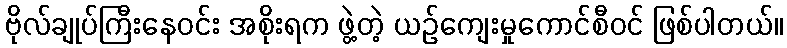
ဗိုလ်ချုပ်ကြီးနေဝင်း အစိုးရက ဖွဲ့တဲ့ ယဉ်ကျေးမှုကောင်စီဝင် ဖြစ်ပါတယ်။